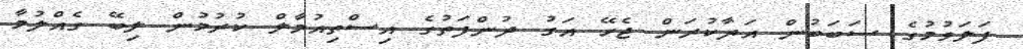
ފަލަވުމުގެ ސަބަބުން އަދާކުރަން ޖެހޭ އަގު ދުންފަތުގެ އިސްތިއުމާލް ކުރުމުން ލިބޭ ގެއްލުމާ